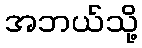
အဘယ်သို့